画像に写った文字を読んでください
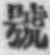
「號」と書いてあります